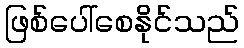
ဖြစ်ပေါ်စေနိုင်သည်